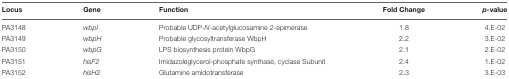
<table><thead><tr><td><b>Locus</b></td><td><b>Gene</b></td><td><b>Function</b></td><td><b>Fold Change</b></td><td><b><i>p</i>-value</b></td></tr></thead><tbody><tr><td>PA3148</td><td><i>wbpI</i></td><td>Probable UDP-<i>N</i>-acetylglucosamine 2-epimerase</td><td>1.8</td><td>4.E-02</td></tr><tr><td>PA3149</td><td><i>wbpH</i></td><td>Probable glycosyltransferase WbpH</td><td>2.2</td><td>3.E-02</td></tr><tr><td>PA3150</td><td><i>wbpG</i></td><td>LPS biosynthesis protein WbpG</td><td>2.1</td><td>2.E-02</td></tr><tr><td>PA3151</td><td><i>hisF2</i></td><td>Imidazoleglycerol-phosphate synthase, cyclase Subunit</td><td>2.4</td><td>1.E-02</td></tr><tr><td>PA3152</td><td><i>hisH2</i></td><td>Glutamine amidotransferase</td><td>2.3</td><td>3.E-03</td></tr></tbody></table>